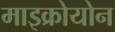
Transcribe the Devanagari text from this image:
माइक्रोयोन